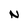
Character: N